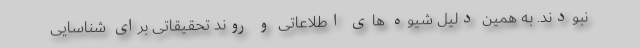
نبودند. به همین دلیل شیوه های اطلاعاتی و روند تحقیقاتی برای شناسایی